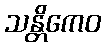
သန္တိကေဝ